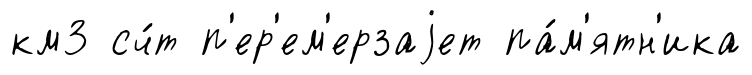
км3 сч́т п'ер'ем'ерзаjет па́м'ятн'ика